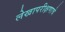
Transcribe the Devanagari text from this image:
लेखापरीक्षणाचे